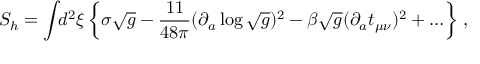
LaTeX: S _ { h } = \int \! \! d ^ { 2 } \xi \left\{ \sigma \sqrt { g } - \frac { 1 1 } { 4 8 \pi } ( \partial _ { a } \log \sqrt { g } ) ^ { 2 } - \beta \sqrt { g } ( \partial _ { a } t _ { \mu \nu } ) ^ { 2 } + \ldots \right\} \, ,